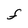
Character: F